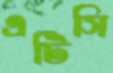
এটিসি